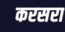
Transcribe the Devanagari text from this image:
करसरा